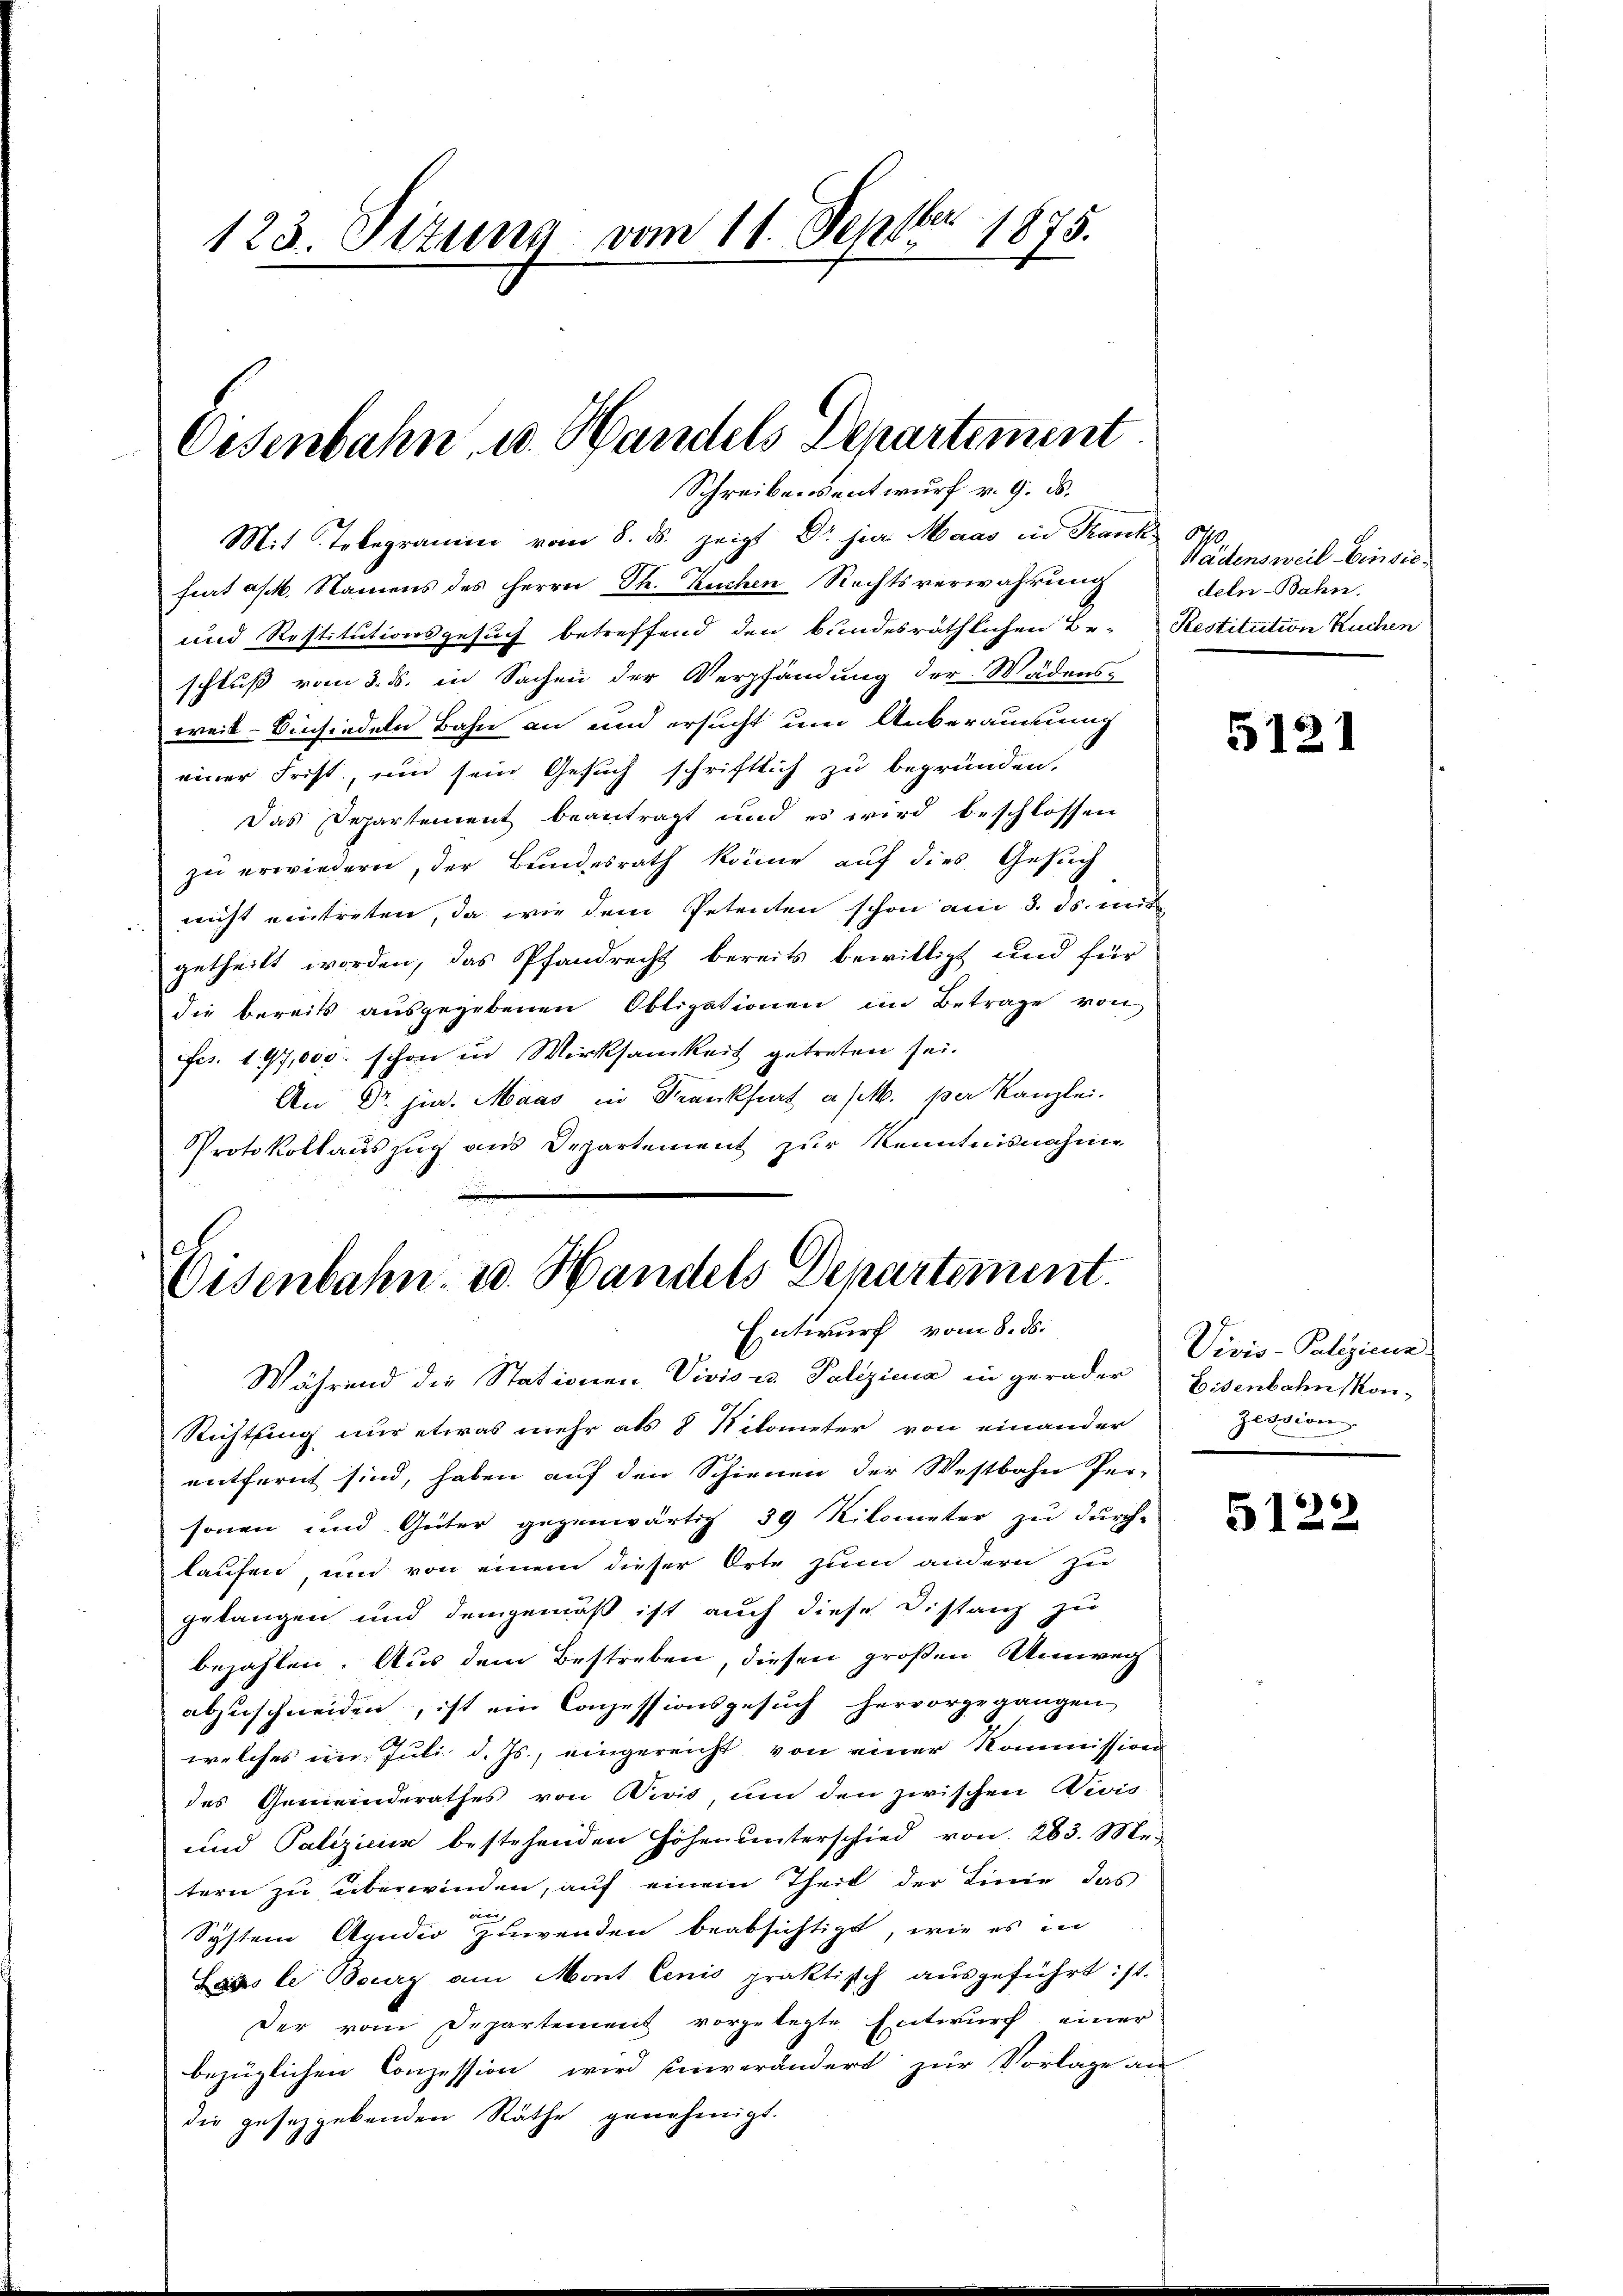
123. Jizuna vom 11. Septbr 1875.

Eisenbahn u. Handels Departement
Schreibensentwurf v. 9. ds.

Mit Telegramm vom 8. ds. zeigt Dr. jur Maas in Frank 840.
frat a/M. Namens des Herrn Th. Kuchen Rechtsverwahrung
und Restitutionsgesuch betreffend den bundesräthlichen Be- Restitution Kuchen
schluß vom 3. d. in Sachen der Verpfändung der Wädens-
weil–Einsiedeln Bahn an und ersucht um Anberauung
einer Frist, um sein Gesuch schriftlich zu begründen.
Das Departement beantragt und es wird beschlossen
zu erwiedern, der Bundesrath könne auf dies Gesuch
nicht eintreten, da wie dem Petenten schon am 3. ds. mit
getheilt worden, das Pfandrecht bereits bewilligt und für
die bereits ausgegebenen Obligationen im Betrage von
fes. 197,000 schon in Wirksamkeit getreten sei.
An Dr. jur. Maas in Frankfurt a/M. per Kanzlei.
Protokollauszug aus Departement zur Kenntnisnahme

Oesenbahn- u. Handels Departement.
Entwurf vom 8. ds.

Während die Stationen, Vivis u. Poliziena in gerader Eisenbahn kon¬
Richtung nur etwas mehr als 8 Kilometer von einander
entfernt sind, haben auf den Schienen der Westbahn Per-
sonen und Güter gegenwärtig 39 Kilometer zu durch-
laufen, und von einem dieser Orte zum andern zu
gelangen und demgemäß ist auch diese Distanz zu
bezahlen. Aus dem Bestreben, diesen großen Umweg
abzuschneiden, ist ein Conzessionsgesŭch hervorgegangen
welches ein Juli d. Js., eingereicht, von einer Kommission
des Gemeinderathes von Divis, um den zwischen Divis
und Paliziens bestehenden Höhen unterschied von 263. Mei
tern zu überwinden, auf einem Theil der Linie das
un
System Apudio zuwenden beabsichtigt, wie es in
agste Bourg am Mont lenio praktisch ausgeführt: st.
der vom Departement vorgelegte Entwurf einer
bezüglichen Conzession wird einverändert zur Vorlage an
die gesetzgebenden Räthe genehmigt.

Wädensweil–Einsie
deln-Bahn.

5121

Vivio - Polizienn
Zession.

66
512.